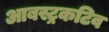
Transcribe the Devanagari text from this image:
आबस्ट्रकटिव